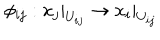
\phi _ { i j } : x _ { j } | _ { U _ { i j } } \rightarrow x _ { i } | _ { U _ { i j } }